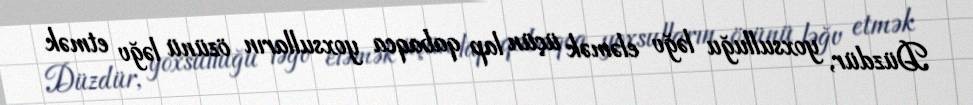
Düzdür, yoxsulluğu ləğv eləmək üçün lap qabaqca yoxsulların özünü ləğv etmək